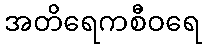
အတိရေကစီဝရေ